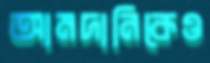
আমদানিকেও